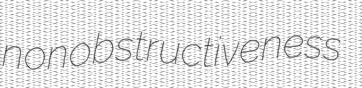
nonobstructiveness